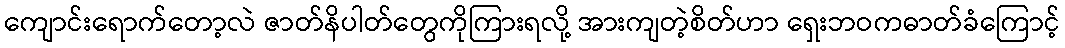
ကျောင်းရောက်တော့လဲ ဇာတ်နိပါတ်တွေကိုကြားရလို့ အားကျတဲ့စိတ်ဟာ ရှေးဘဝကဓာတ်ခံကြောင့်